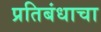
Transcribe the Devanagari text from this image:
प्रतिबंधाचा